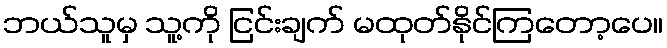
ဘယ်သူမှ သူ့ကို ငြင်းချက် မထုတ်နိုင်ကြတော့ပေ။